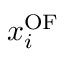
x _ { i } ^ { \mathrm { { O F } } }